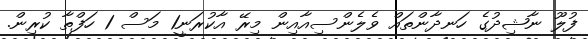
ފުލޫ ނާޝިދުގެ ހަނދާންތައް ވެލެންސިއާއިން މިރޭ އާކުރަނީ1 މަސް 1 ހަފްތާ ކުރިން.